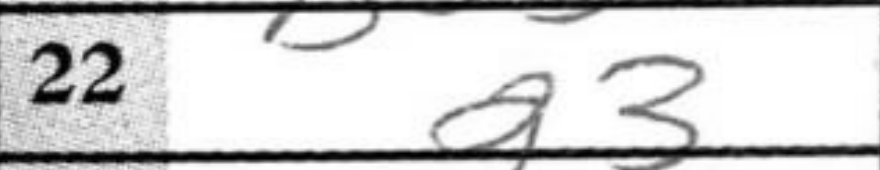
Transcription: g3